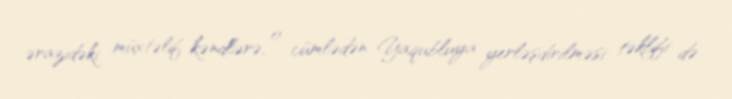
ərazidəki müxtəlif kəndlərə, o cümlədən Yaqubluya yerləşdirilməsi təklifi də